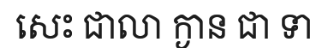
សេះ ជាលា ក្ងាន ជា ទា